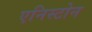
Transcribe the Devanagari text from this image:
एनिस्टोन